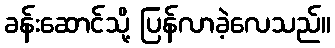
ခန်းဆောင်သို့ ပြန်လာခဲ့လေသည်။